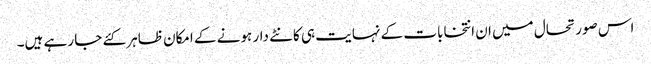
اس صورتحال میں ان انتخابات کے نہایت ہی کانٹے دار ہونے کے امکان ظاہر کئے جا رہے ہیں۔